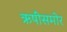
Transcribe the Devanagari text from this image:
ऋषींसमोर